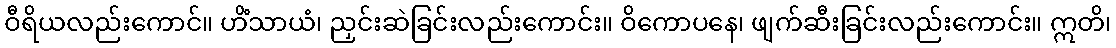
ဝီရိယလည်းကောင်။ ဟိံသာယံ၊ ညှင်းဆဲခြင်းလည်းကောင်း။ ဝိကောပနေ၊ ဖျက်ဆီးခြင်းလည်းကောင်း။ ဣတိ၊